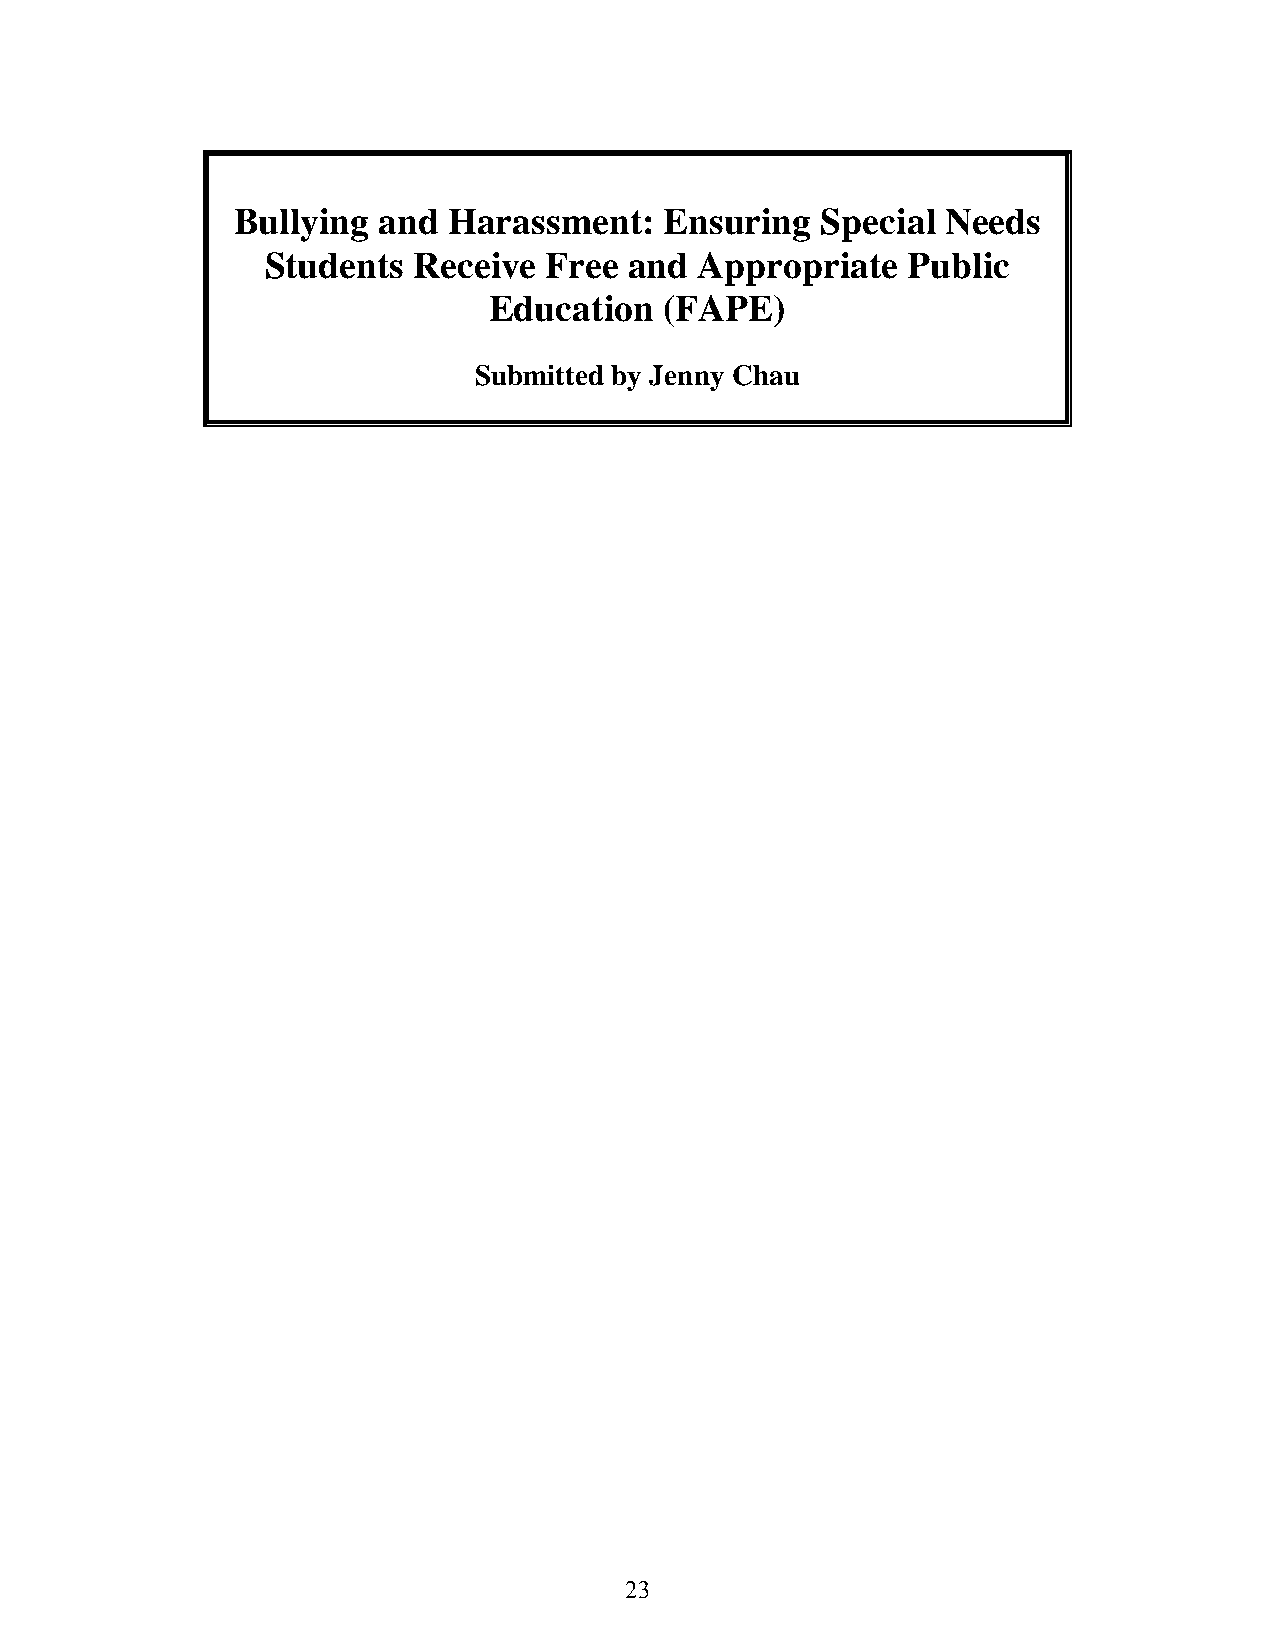
Bullying  and  Harassment:   Ensuring  Special  Needs
 Students Receive  Free  and Appropriate   Public
 Education   (FAPE)
 Submitted by Jenny Chau
 23